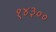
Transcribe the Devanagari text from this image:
१४३००